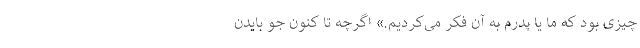
چیزی بود که ما یا پدرم به آن فکر می‌کردیم.» اگرچه تا کنون جو بایدن